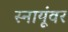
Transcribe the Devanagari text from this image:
स्नायूंवर